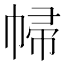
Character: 𢃞